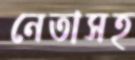
নেতাসহ